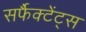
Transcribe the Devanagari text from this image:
सर्फैक्टेंट्स